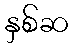
နှစ်ဆ